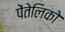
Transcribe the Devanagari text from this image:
पेंतेलिको